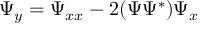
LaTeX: \Psi _ { y } = \Psi _ { x x } - 2 ( \Psi \Psi ^ { * } ) \Psi _ { x }